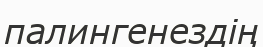
палингенездің